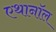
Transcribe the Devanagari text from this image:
एथानॉल